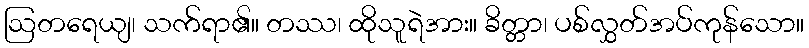
ဩတရေယျ၊ သက်ရာ၏။ တဿ၊ ထိုသူရဲအား။ ခိတ္တာ၊ ပစ်လွှတ်အပ်ကုန်သော။